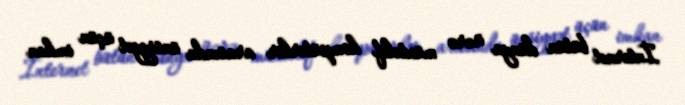
İnternet bütün dünya üzrə müxtəlif kompüterlər arasında ünsiyyət üçün imkan